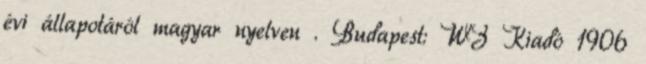
évi állapotáról magyar nyelven . Budapest: WZ Kiadó 1906